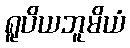
ရူပိယဘူမိယံ